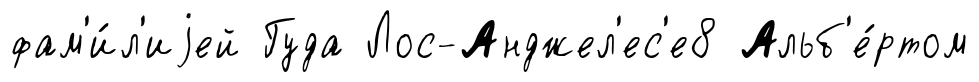
фам'и́л'иjей Гуда Лос-Анджел'ес'е8 Альб'е́ртом